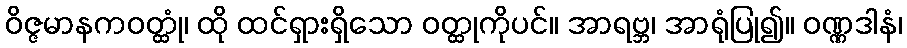
ဝိဇ္ဇမာနကဝတ္ထုံ၊ ထို ထင်ရှားရှိသော ဝတ္ထုကိုပင်။ အာရဗ္ဘ၊ အာရုံပြု၍။ ဝဏ္ဏဒါနံ၊